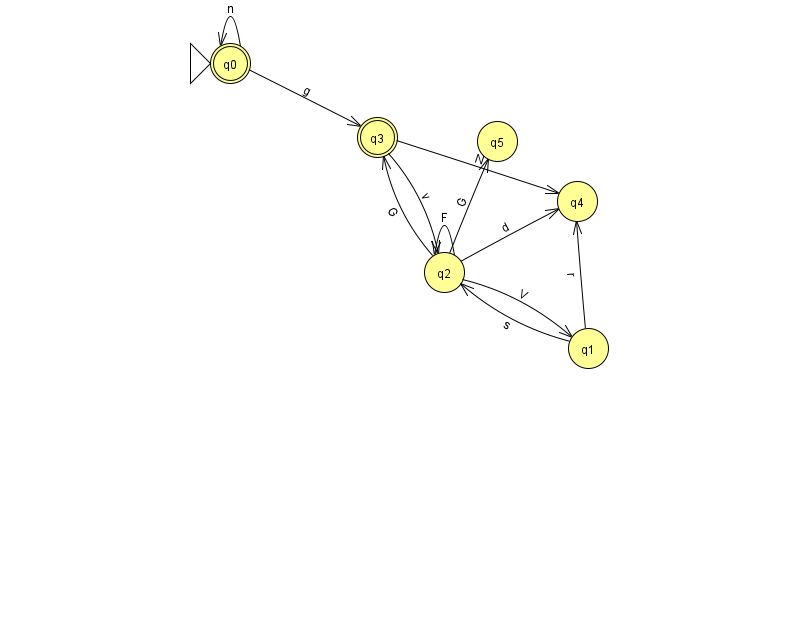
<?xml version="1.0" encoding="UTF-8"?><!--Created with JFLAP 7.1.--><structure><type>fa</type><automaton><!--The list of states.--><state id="0" name="q0"><x>230.0</x><y>50.0</y><initial/><final/></state><state id="1" name="q1"><x>588.0</x><y>335.0</y></state><state id="2" name="q2"><x>444.0</x><y>259.0</y></state><state id="3" name="q3"><x>377.0</x><y>124.0</y><final/></state><state id="4" name="q4"><x>577.0</x><y>188.0</y></state><state id="5" name="q5"><x>497.0</x><y>128.0</y></state><!--The list of transitions.--><transition><from>2</from><to>1</to><read>V</read></transition><transition><from>2</from><to>4</to><read>d</read></transition><transition><from>2</from><to>5</to><read>G</read></transition><transition><from>2</from><to>2</to><read>F</read></transition><transition><from>3</from><to>2</to><read>v</read></transition><transition><from>1</from><to>2</to><read>s</read></transition><transition><from>1</from><to>4</to><read>r</read></transition><transition><from>2</from><to>3</to><read>G</read></transition><transition><from>0</from><to>3</to><read>g</read></transition><transition><from>0</from><to>0</to><read>n</read></transition><transition><from>3</from><to>4</to><read>N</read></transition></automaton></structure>